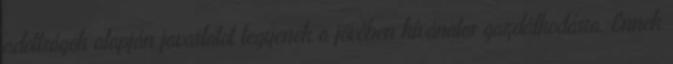
adottságok alapján javaslatot tegyenek a jövőben kívánatos gazdálkodásra. Ennek